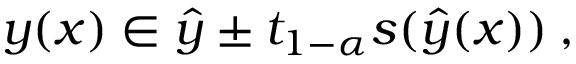
y ( x ) \in \hat { y } \pm t _ { 1 - \alpha } s ( \hat { y } ( x ) ) \: ,